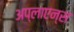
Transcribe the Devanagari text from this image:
अप्लाएन्स